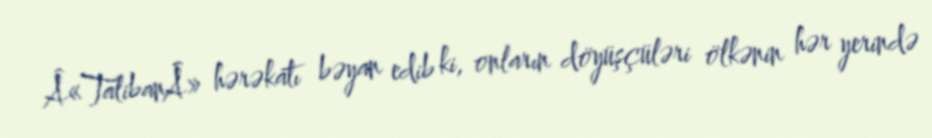
Â«TalibanÂ» hərəkatı bəyan edib ki, onların döyüşçüləri ölkənin hər yerində